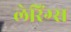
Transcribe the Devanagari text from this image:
लेरिंग्स